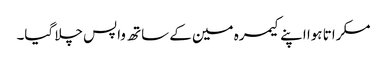
مسکراتا ہوا اپنے کیمرہ مین کے ساتھ واپس چلا گیا۔